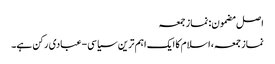
اصل مضمون: نماز جمعہ
نماز جمعہ، اسلام کا ایک اہم ترین سیاسی-عبادی رکن ہے۔